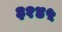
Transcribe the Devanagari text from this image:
३१४५